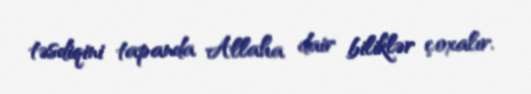
təsdiqini tapanda Allaha dair biliklər çoxalır.